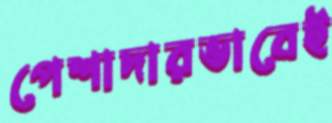
পেশাদারভাবেই